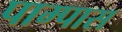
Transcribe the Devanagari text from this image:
पाम्पास